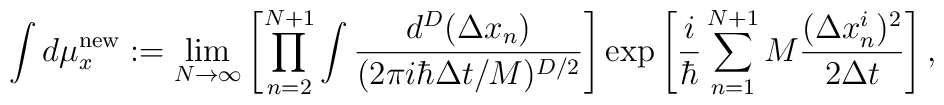
\int d\mu _x^{\rm new} : =  \lim_{N\rightarrow  \infty}   \left[ \prod^{N+1}_{n=2} \int \frac{d^D ( \Delta x_n)}      {(2 \pi i \hbar  \Delta t/M)^{D/2} }\right]  \exp   \left[ \frac{i}{\hbar}  \sum_{n=1}^{N+1}M \frac{( \Delta x^i_n)^2}   {2 \Delta t} \right],